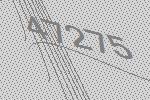
47275